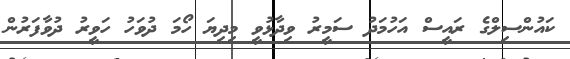
ކައުންސިލްގެ ރައީސް އަހުމަދު ސަމީރު ވިދާޅުވީ މިދިޔަ ހޯމަ ދުވަހު ހަވީރު ދުވާފަރުން